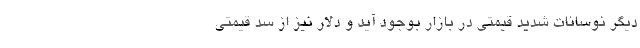
دیگر نوسانات شدید قیمتی در بازار بوجود آید و دلار نیز از سد قیمتی